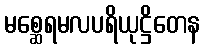
မစ္ဆေရမလပရိယုဋ္ဌိတေန